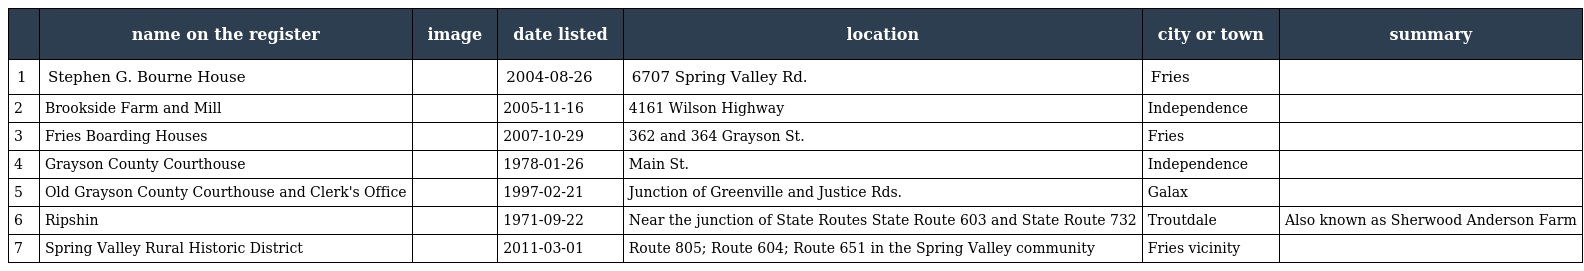
|  | name on the register | image | date listed | location | city or town | summary |
 | --- | --- | --- | --- | --- | --- | --- |
 | 1 | Stephen G. Bourne House |  | 2004-08-26 | 6707 Spring Valley Rd. | Fries |  |
 | 2 | Brookside Farm and Mill |  | 2005-11-16 | 4161 Wilson Highway | Independence |  |
 | 3 | Fries Boarding Houses |  | 2007-10-29 | 362 and 364 Grayson St. | Fries |  |
 | 4 | Grayson County Courthouse |  | 1978-01-26 | Main St. | Independence |  |
 | 5 | Old Grayson County Courthouse and Clerk's Office |  | 1997-02-21 | Junction of Greenville and Justice Rds. | Galax |  |
 | 6 | Ripshin |  | 1971-09-22 | Near the junction of State Routes State Route 603 and State Route 732 | Troutdale | Also known as Sherwood Anderson Farm |
 | 7 | Spring Valley Rural Historic District |  | 2011-03-01 | Route 805; Route 604; Route 651 in the Spring Valley community | Fries vicinity |  |